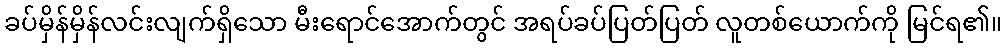
ခပ်မှိန်မှိန်လင်းလျက်ရှိသော မီးရောင်အောက်တွင် အရပ်ခပ်ပြတ်ပြတ် လူတစ်ယောက်ကို မြင်ရ၏။